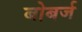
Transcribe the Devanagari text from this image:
बोबर्ज